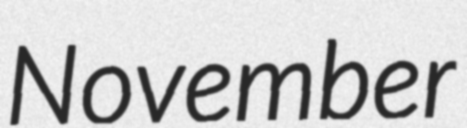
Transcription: November